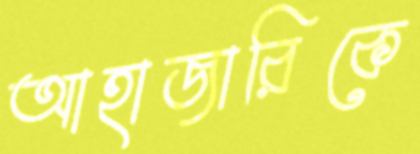
আহাজারিকে